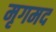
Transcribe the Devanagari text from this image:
मृगमद